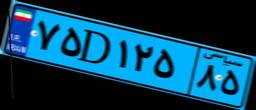
۷۵D۱۲۵۸۵